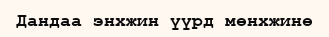
Дандаа энхжин үүрд мөнхжинө